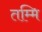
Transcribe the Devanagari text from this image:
तम्मि